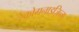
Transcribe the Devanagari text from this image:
रेकोगनाइज़िन्ग